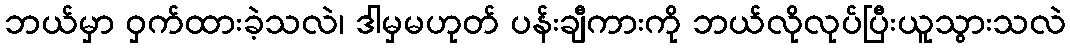
ဘယ်မှာ ဝှက်ထားခဲ့သလဲ၊ ဒါမှမဟုတ် ပန်းချီကားကို ဘယ်လိုလုပ်ပြီးယူသွားသလဲ